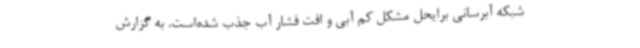
شبکه آبرسانی برایحل مشکل کم آبی و افت فشار آب جذب شده‌است. به گزارش